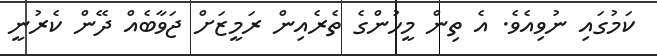
ކަމުގައި ނުވިއެވެ. އެ ތިން މީހުންގެ ތެރެއިން ރަމީޒަށް ޖަވާބެއް ދޭން ކެރުނީ